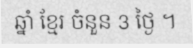
ឆ្នាំ ខ្មែរ ចំនួន 3 ថ្ងៃ ។